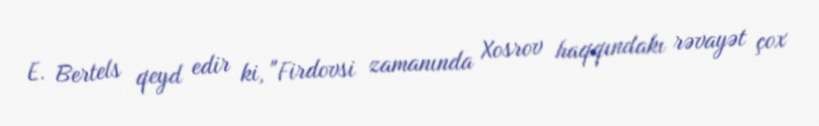
E. Bertels qeyd edir ki, "Firdovsi zamanında Xosrov haqqındakı rəvayət çox